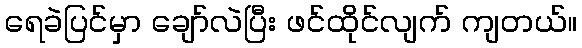
ရေခဲပြင်မှာ ချော်လဲပြီး ဖင်ထိုင်လျက် ကျတယ်။